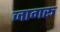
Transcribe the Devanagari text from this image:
जागरू